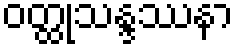
ဝတ္ထုသန္ဒဿနာ